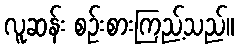
လူဆန်း စဉ်းစားကြည့်သည်။